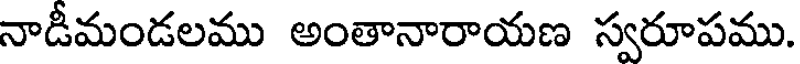
నాడీమండలము అంతానారాయణ స్వరూపము.